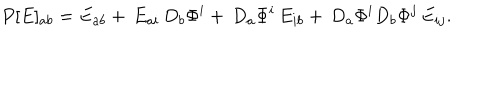
LaTeX: P [ E ] _ { a b } = E _ { a b } + \, E _ { a i } \, D _ { b } \Phi ^ { i } + \, D _ { a } \Phi ^ { i } \, E _ { i b } + \, D _ { a } \Phi ^ { i } D _ { b } \Phi ^ { j } \, E _ { i j } .